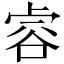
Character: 䜭